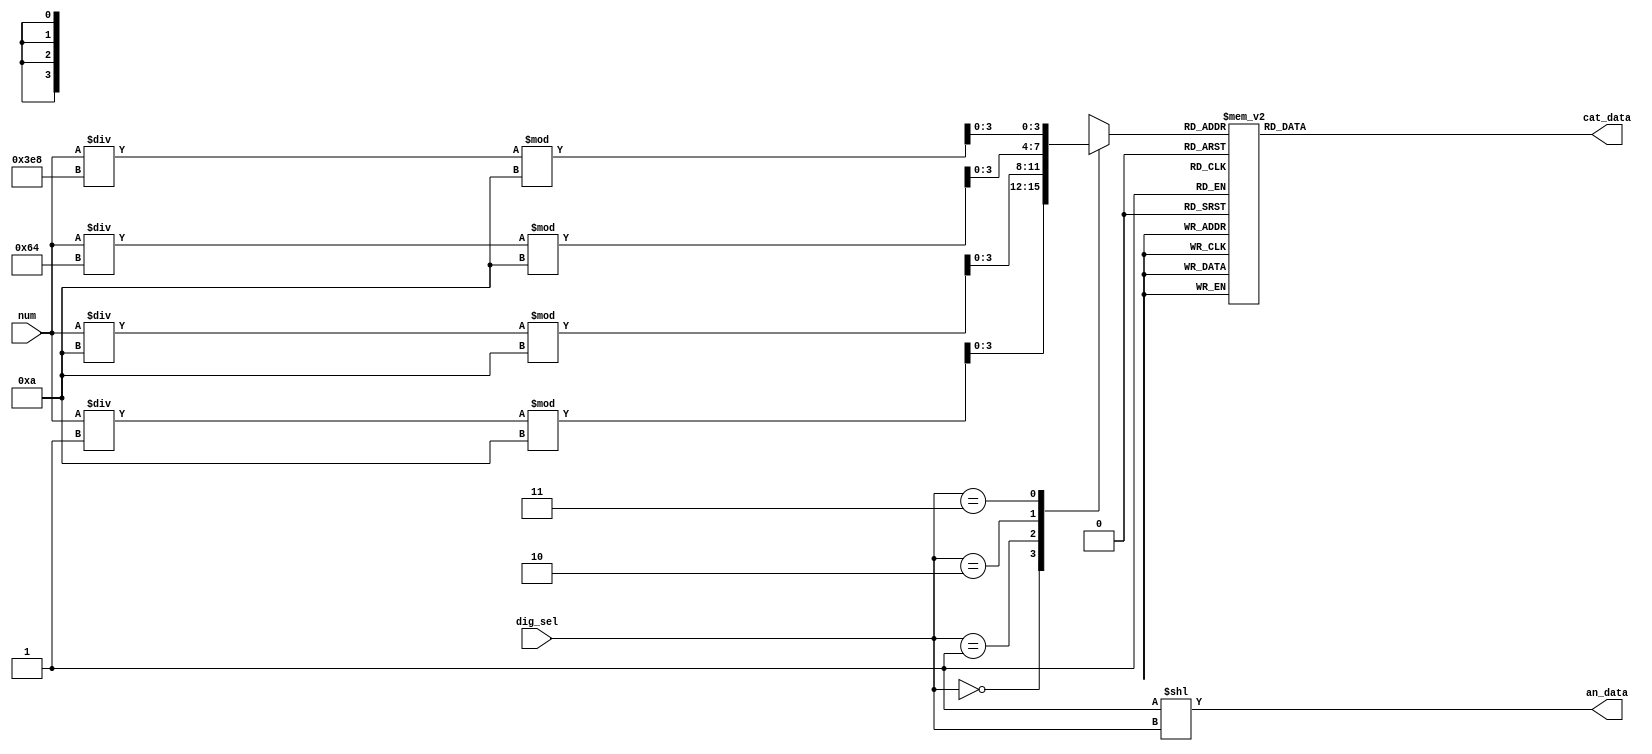

module sseg_decoder
(
    input  wire [13 : 0] num,
    input  wire [1  : 0] dig_sel,
    output wire [3  : 0] an_data,
    output reg  [6  : 0] cat_data
);
    
    assign an_data = 1'b1 << dig_sel;

    reg [3 : 0] dig_data;
    
    always @*
        case (dig_sel)
            2'd0 : dig_data = (num / 1) % 10;
            2'd1 : dig_data = (num / 10) % 10;
            2'd2 : dig_data = (num / 100) % 10;
            2'd3 : dig_data = (num / 1000) % 10;
         default : dig_data = 0;
        endcase
    // wire [3 : 0] dig_data = (num / 10 ** dig_sel) % 10;
    
    always @*
        case (dig_data)
            4'd0 : cat_data = 7'b0111111;
            4'd1 : cat_data = 7'b0000110;
            4'd2 : cat_data = 7'b1011011;
            4'd3 : cat_data = 7'b1001111;
            4'd4 : cat_data = 7'b1100110;
            4'd5 : cat_data = 7'b1101101;
            4'd6 : cat_data = 7'b1111101;
            4'd7 : cat_data = 7'b0000111;
            4'd8 : cat_data = 7'b1111111;
            4'd9 : cat_data = 7'b1100111;
         default : cat_data = 0;
        endcase

endmodule // sseg_decoder